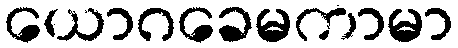
ယောဂခေမကာမာ